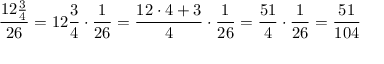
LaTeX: { \frac { 1 2 { \frac { 3 } { 4 } } } { 2 6 } } = 1 2 { \frac { 3 } { 4 } } \cdot { \frac { 1 } { 2 6 } } = { \frac { 1 2 \cdot 4 + 3 } { 4 } } \cdot { \frac { 1 } { 2 6 } } = { \frac { 5 1 } { 4 } } \cdot { \frac { 1 } { 2 6 } } = { \frac { 5 1 } { 1 0 4 } }